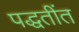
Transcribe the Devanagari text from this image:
पद्धतींत